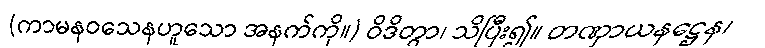
(ကာမနဝသေနဟူသော အနက်ကို။) ဝိဒိတွာ၊ သိပြီး၍။ တဏှာယနဋ္ဌေန၊